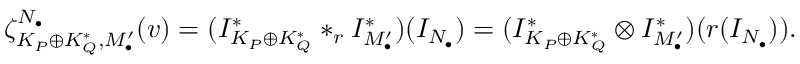
\begin{array} { r } { \zeta _ { K _ { P } \oplus K _ { Q } ^ { * } , M _ { \bullet } ^ { \prime } } ^ { N _ { \bullet } } ( v ) = ( I _ { K _ { P } \oplus K _ { Q } ^ { * } } ^ { * } * _ { r } I _ { M _ { \bullet } ^ { \prime } } ^ { * } ) ( I _ { N _ { \bullet } } ) = ( I _ { K _ { P } \oplus K _ { Q } ^ { * } } ^ { * } \otimes I _ { M _ { \bullet } ^ { \prime } } ^ { * } ) ( r ( I _ { N _ { \bullet } } ) ) . } \end{array}